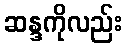
ဆန္ဒကိုလည်း